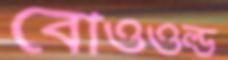
বোওওল্ড